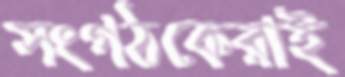
সংগঠকেরাই